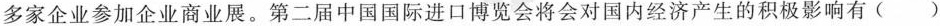
多家企业参加企业商业展。第二届中国国际进口博览会将会对国内经济产生的积极影响有（ ）